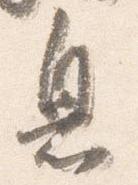
息